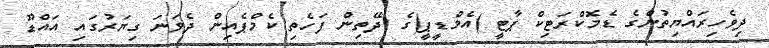
ދިވެހިރައްޔިތުންގެ ޑެމޮކްރަޓިކް ޕާޓީ )އެމްޑީޕީ(ގެ :ދޭތިން ފަހެތި ކެމްޕެއިން ދެވަނަ ގިޔަރުގައި އައްޑޫ